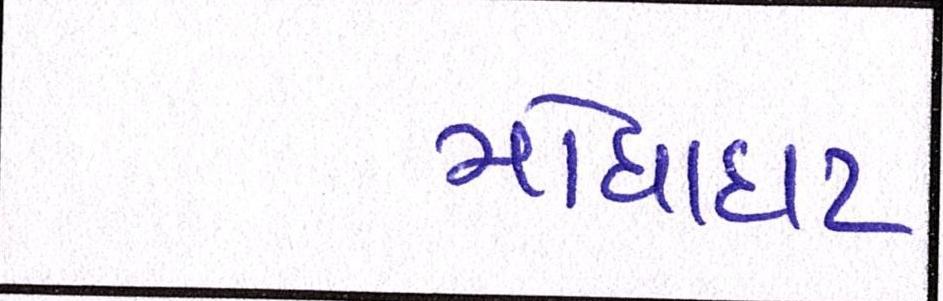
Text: મોંઘાદાટ